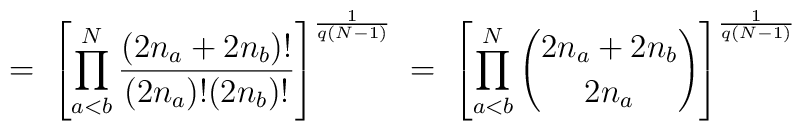
= \;\left[\prod_{a<b}^N \frac{(2n_a+2n_b)!}{(2n_a)!(2n_b)!}\right]^{\frac{1}{q(N-1)}}\; = \; \left[\prod_{a<b}^N { 2n_a+2n_b \choose  2n_a }\right]^{\frac{1}{q(N-1)}}